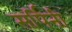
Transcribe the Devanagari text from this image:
सर्पिनी